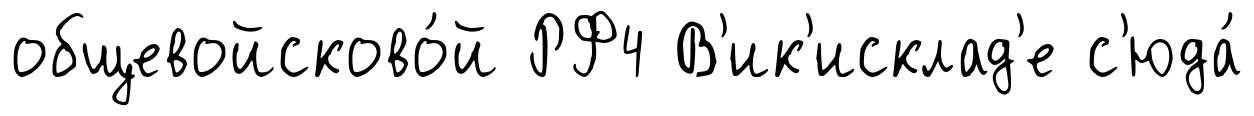
общевойсково́й РФ4 В'ик'исклад'е с'юда́